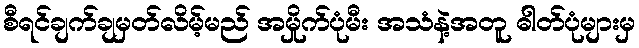
စီရင်ချက်ချမှတ်လိမ့်မည် အမှိုက်ပုံမီး အသံနဲ့အတူ ဓါတ်ပုံများမှ